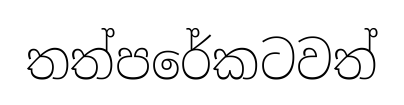
තත්පරේකටවත්